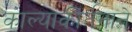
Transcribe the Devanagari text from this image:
काल्याकीर्तनाने